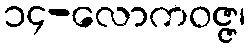
၁၄-လောကဝဇ္ဇ၊